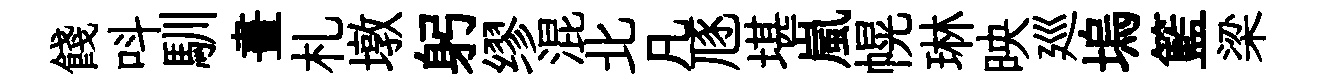
餞呌馴畫札墩躬缪混北凡豗堪嵐幌琳映廵塢籃梁